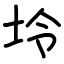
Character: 坽